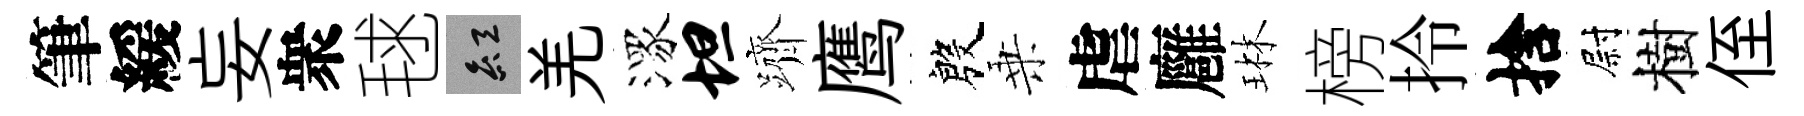
筆緩妄衆毬紅羌潈坦躋鹰殷乗虐廱琳榜拎捨尉樹侄